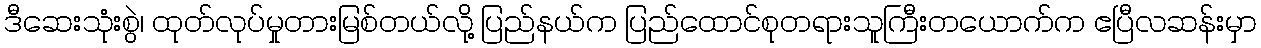
ဒီဆေးသုံးစွဲ၊ ထုတ်လုပ်မှုတားမြစ်တယ်လို့ ပြည်နယ်က ပြည်ထောင်စုတရားသူကြီးတယောက်က ဧပြီလဆန်းမှာ